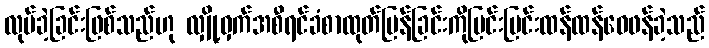
လုပ်ခဲ့ခြင်းဖြစ်သည်ဟု လျှို့ဝှက်အစီရင်ခံစာထုတ်ပြန်ခြင်းကိုပြင်းပြင်းထန်ထန်ဝေဖန်ခဲ့သည်